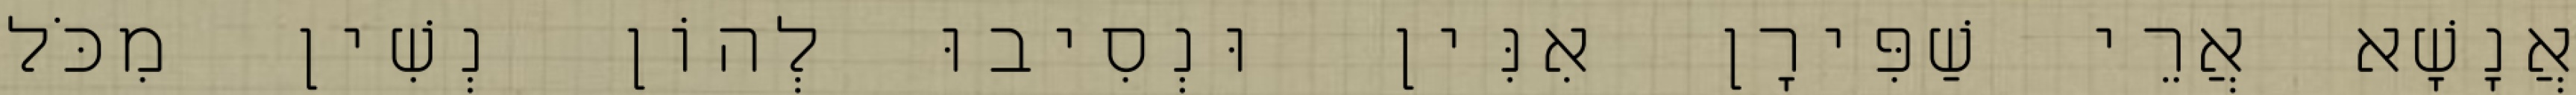
אֲנָשָׁא אֲרֵי שַׁפִּירָן אִנִּין וּנְסִיבוּ לְהוֹן נְשִׁין מִכֹּל